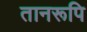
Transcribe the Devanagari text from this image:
तानरूपि